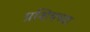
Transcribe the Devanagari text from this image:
प्रशियच्या